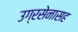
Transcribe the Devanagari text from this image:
उग्रसेनासह